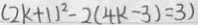
( 2 k + 1 ) ^ { 2 } - 2 ( 4 k - 3 ) = 3 )